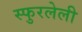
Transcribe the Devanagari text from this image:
स्फुरलेली